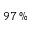
9 7 \, \%